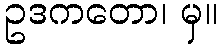
ဥဒကတော၊ မှ။